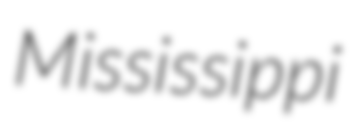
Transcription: Mississippi